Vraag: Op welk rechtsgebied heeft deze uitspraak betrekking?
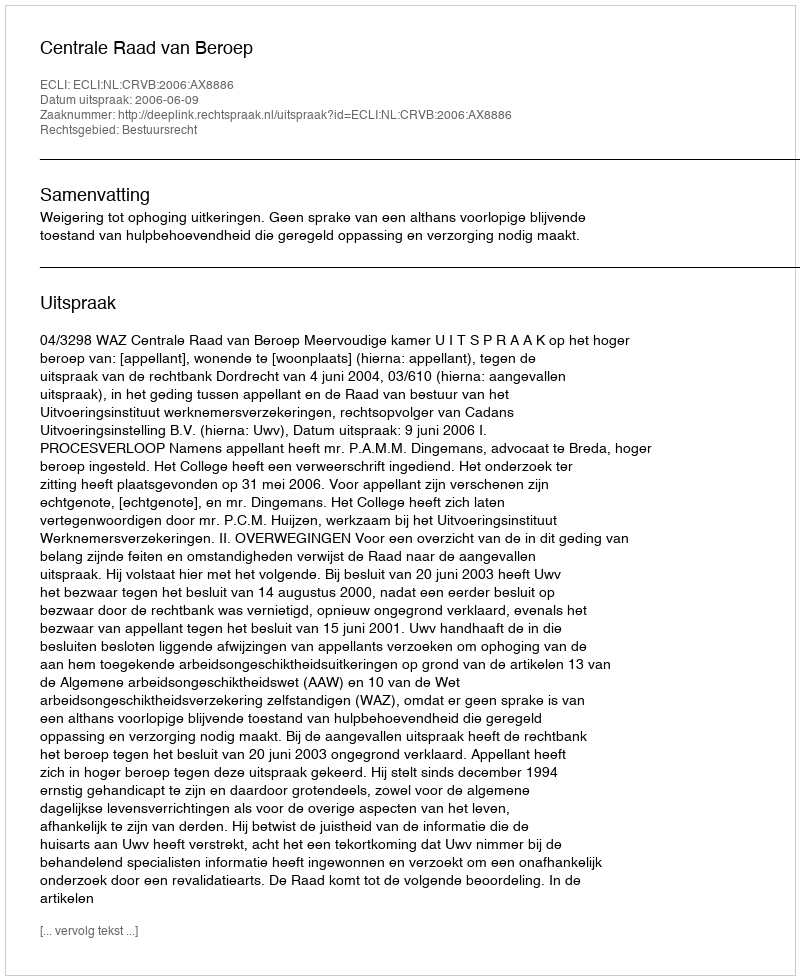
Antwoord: Bestuursrecht